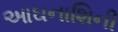
આઘનાશિની